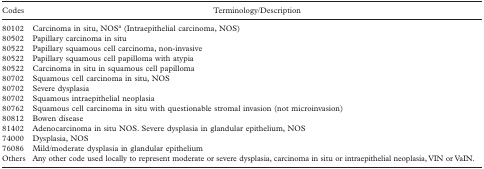
<table><thead><tr><td><b>Codes</b></td><td><b>Terminology/Description</b></td></tr></thead><tbody><tr><td>80102</td><td>Carcinoma in situ, NOSa (Intraepithelial carcinoma, NOS)</td></tr><tr><td>80502</td><td>Papillary carcinoma in situ</td></tr><tr><td>80522</td><td>Papillary squamous cell carcinoma, non-invasive</td></tr><tr><td>80522</td><td>Papillary squamous cell papilloma with atypia</td></tr><tr><td>80522</td><td>Carcinoma in situ in squamous cell papilloma</td></tr><tr><td>80702</td><td>Squamous cell carcinoma in situ, NOS</td></tr><tr><td>80702</td><td>Severe dysplasia</td></tr><tr><td>80702</td><td>Squamous intraepithelial neoplasia</td></tr><tr><td>80762</td><td>Squamous cell carcinoma in situ with questionable stromal invasion (not microinvasion)</td></tr><tr><td>80812</td><td>Bowen disease</td></tr><tr><td>81402</td><td>Adenocarcinoma in situ NOS. Severe dysplasia in glandular epithelium, NOS</td></tr><tr><td>74000</td><td>Dysplasia, NOS</td></tr><tr><td>76086</td><td>Mild/moderate dysplasia in glandular epithelium</td></tr><tr><td>Others</td><td>Any other code used locally to represent moderate or severe dysplasia, carcinoma in situ or intraepithelial neoplasia, VIN or VaIN.</td></tr></tbody></table>